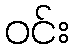
ဝင်း